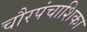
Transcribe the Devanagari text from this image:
चौरपंचाशिका